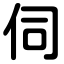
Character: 伺